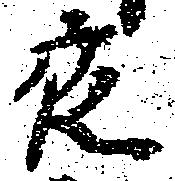
夜